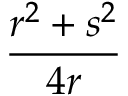
\frac { r ^ { 2 } + s ^ { 2 } } { 4 r }